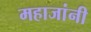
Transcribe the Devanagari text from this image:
महाजांनी